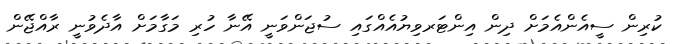
ކުރިން ސީއެންއެމަށް ދިން އިންޓަރވިޔުއެއްގައި ސުޖަންވަނީ އޭނާ ހުރި މަގާމަށް އާދެވުނީ ރާއްޖޭން